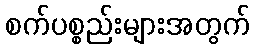
စက်ပစ္စည်းများအတွက်